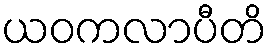
ယဝကလာပီတိ